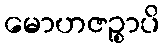
မောဟဇဉ္စာပိ